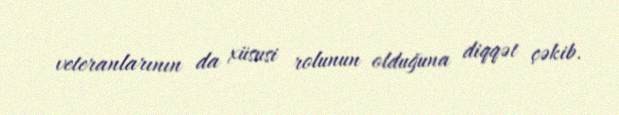
veteranlarının da xüsusi rolunun olduğuna diqqət çəkib.